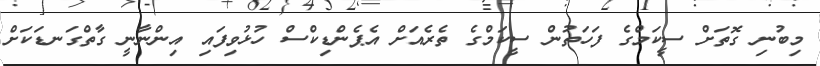
މިބުނި ގޮތަށް ސީކަމްގެ ފަހަތުން ސީކަމްގެ ތެރެއަށް އެޕެންޑިކްސް ހުޅުވިފައި އިންނާނީ ގާތްގަނޑަކަށް